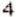
4